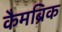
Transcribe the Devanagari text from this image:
कैमब्रिक